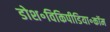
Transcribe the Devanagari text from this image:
डोश॰विकिपीडिया॰कॉम